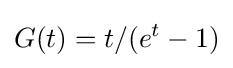
G(t)=t/(e^{t}-1)